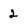
Character: 2